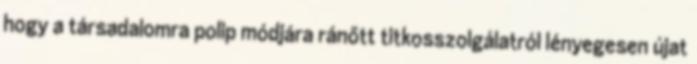
hogy a társadalomra polip módjára ránőtt titkosszolgálatról lényegesen újat